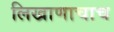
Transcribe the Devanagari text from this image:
लिखाणाचाच